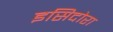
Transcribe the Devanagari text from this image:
इसिदोरा